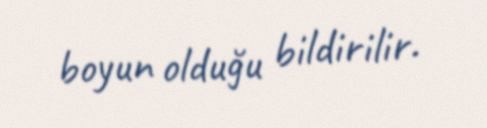
boyun olduğu bildirilir.